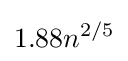
1.88n^{2/5}